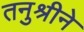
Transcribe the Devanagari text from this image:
तनुश्रीने